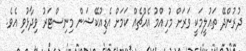
ދުރުންދޭ ތައުލީމަކީ ވަރަށް މުހިއްމު އެއްޗެއް ކަމަށް އެޑިއުކޭޝަން މިނިސްޓަރު ވިދާޅުވި އެވެ.